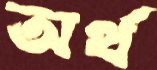
অর্থ